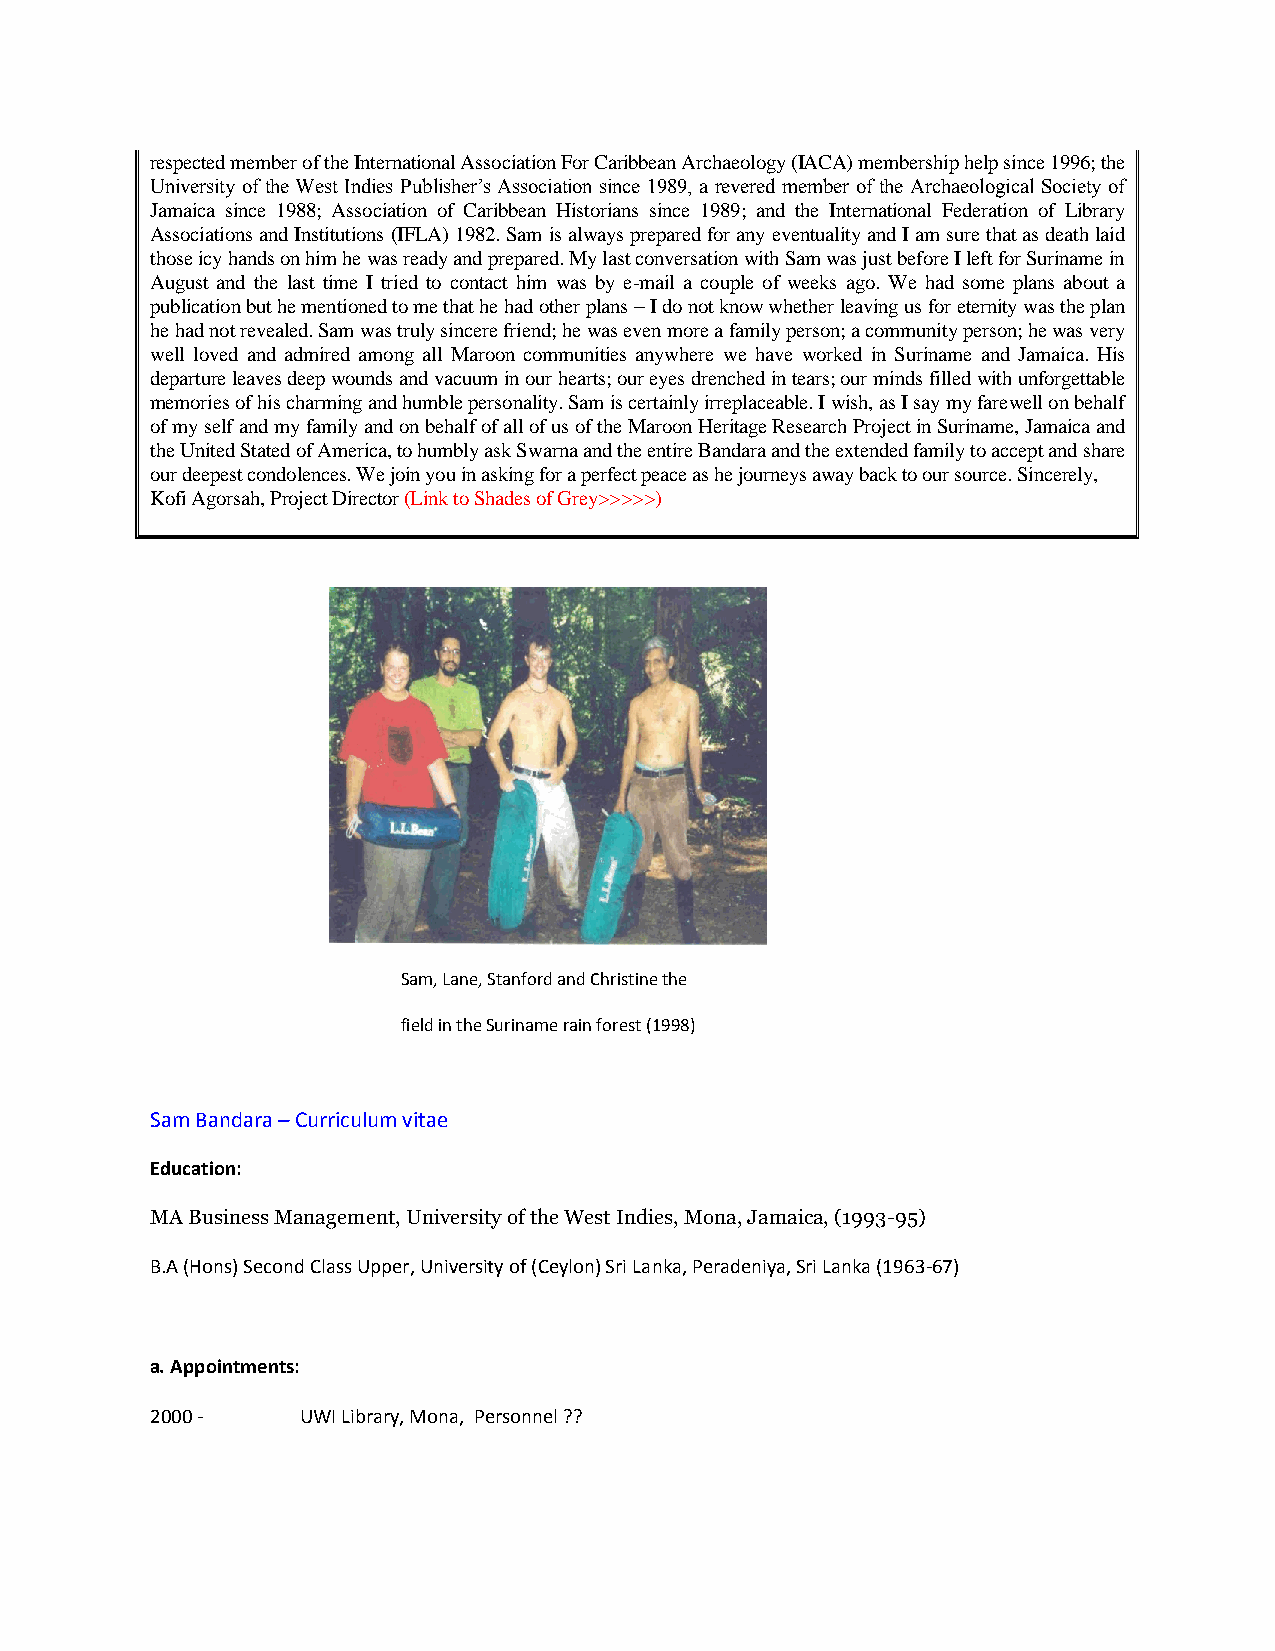
respected member of the International Association For Caribbean Archaeology (IACA) membership help since 1996; the
 University of the West Indies Publisher’s Association since 1989, a revered member of the Archaeological Society of
 Jamaica since 1988; Association of Caribbean Historians since 1989; and the International Federation of Library
 Associations and Institutions (IFLA) 1982. Sam is always prepared for any eventuality and I am sure that as death laid
 those icy hands on him he was ready and prepared. My last conversation with Sam was just before I left for Suriname in
 August and the last time I tried to contact him was by e-mail a couple of weeks ago. We had some plans about a
 publication but he mentioned to me that he had other plans – I do not know whether leaving us for eternity was the plan
 he had not revealed. Sam was truly sincere friend; he was even more a family person; a community person; he was very
 well loved and admired among all Maroon communities anywhere we have worked in Suriname and Jamaica. His
 departure leaves deep wounds and vacuum in our hearts; our eyes drenched in tears; our minds filled with unforgettable
 memories of his charming and humble personality. Sam is certainly irreplaceable. I wish, as I say my farewell on behalf
 of my self and my family and on behalf of all of us of the Maroon Heritage Research Project in Suriname, Jamaica and
 the United Stated of America, to humbly ask Swarna and the entire Bandara and the extended family to accept and share
 our deepest condolences. We join you in asking for a perfect peace as he journeys away back to our source. Sincerely,
 Kofi Agorsah, Project Director (Link to Shades of Grey>>>>>)
 Sam, Lane, Stanford and Christine the
 field in the Suriname rain forest (1998)
 Sam Bandara – Curriculum vitae
 Education:
 MA Business Management, University of the West Indies, Mona, Jamaica, (1993-95)
 B.A (Hons) Second Class Upper, University of (Ceylon) Sri Lanka, Peradeniya, Sri Lanka (1963-67)
 a. Appointments:
 2000 -    UWI Library, Mona, Personnel ??